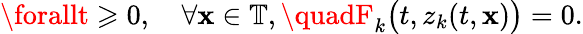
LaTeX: \forallt\geqslant0,\quad\forall\mathbf{x}\in\mathbb{{T}},\quadF_{k}\big(t,z_{k}(t,\mathbf{x})\big)=0.